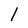
Character: 1